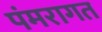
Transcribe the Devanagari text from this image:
पंमरागत